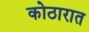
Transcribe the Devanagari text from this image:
कोठारात